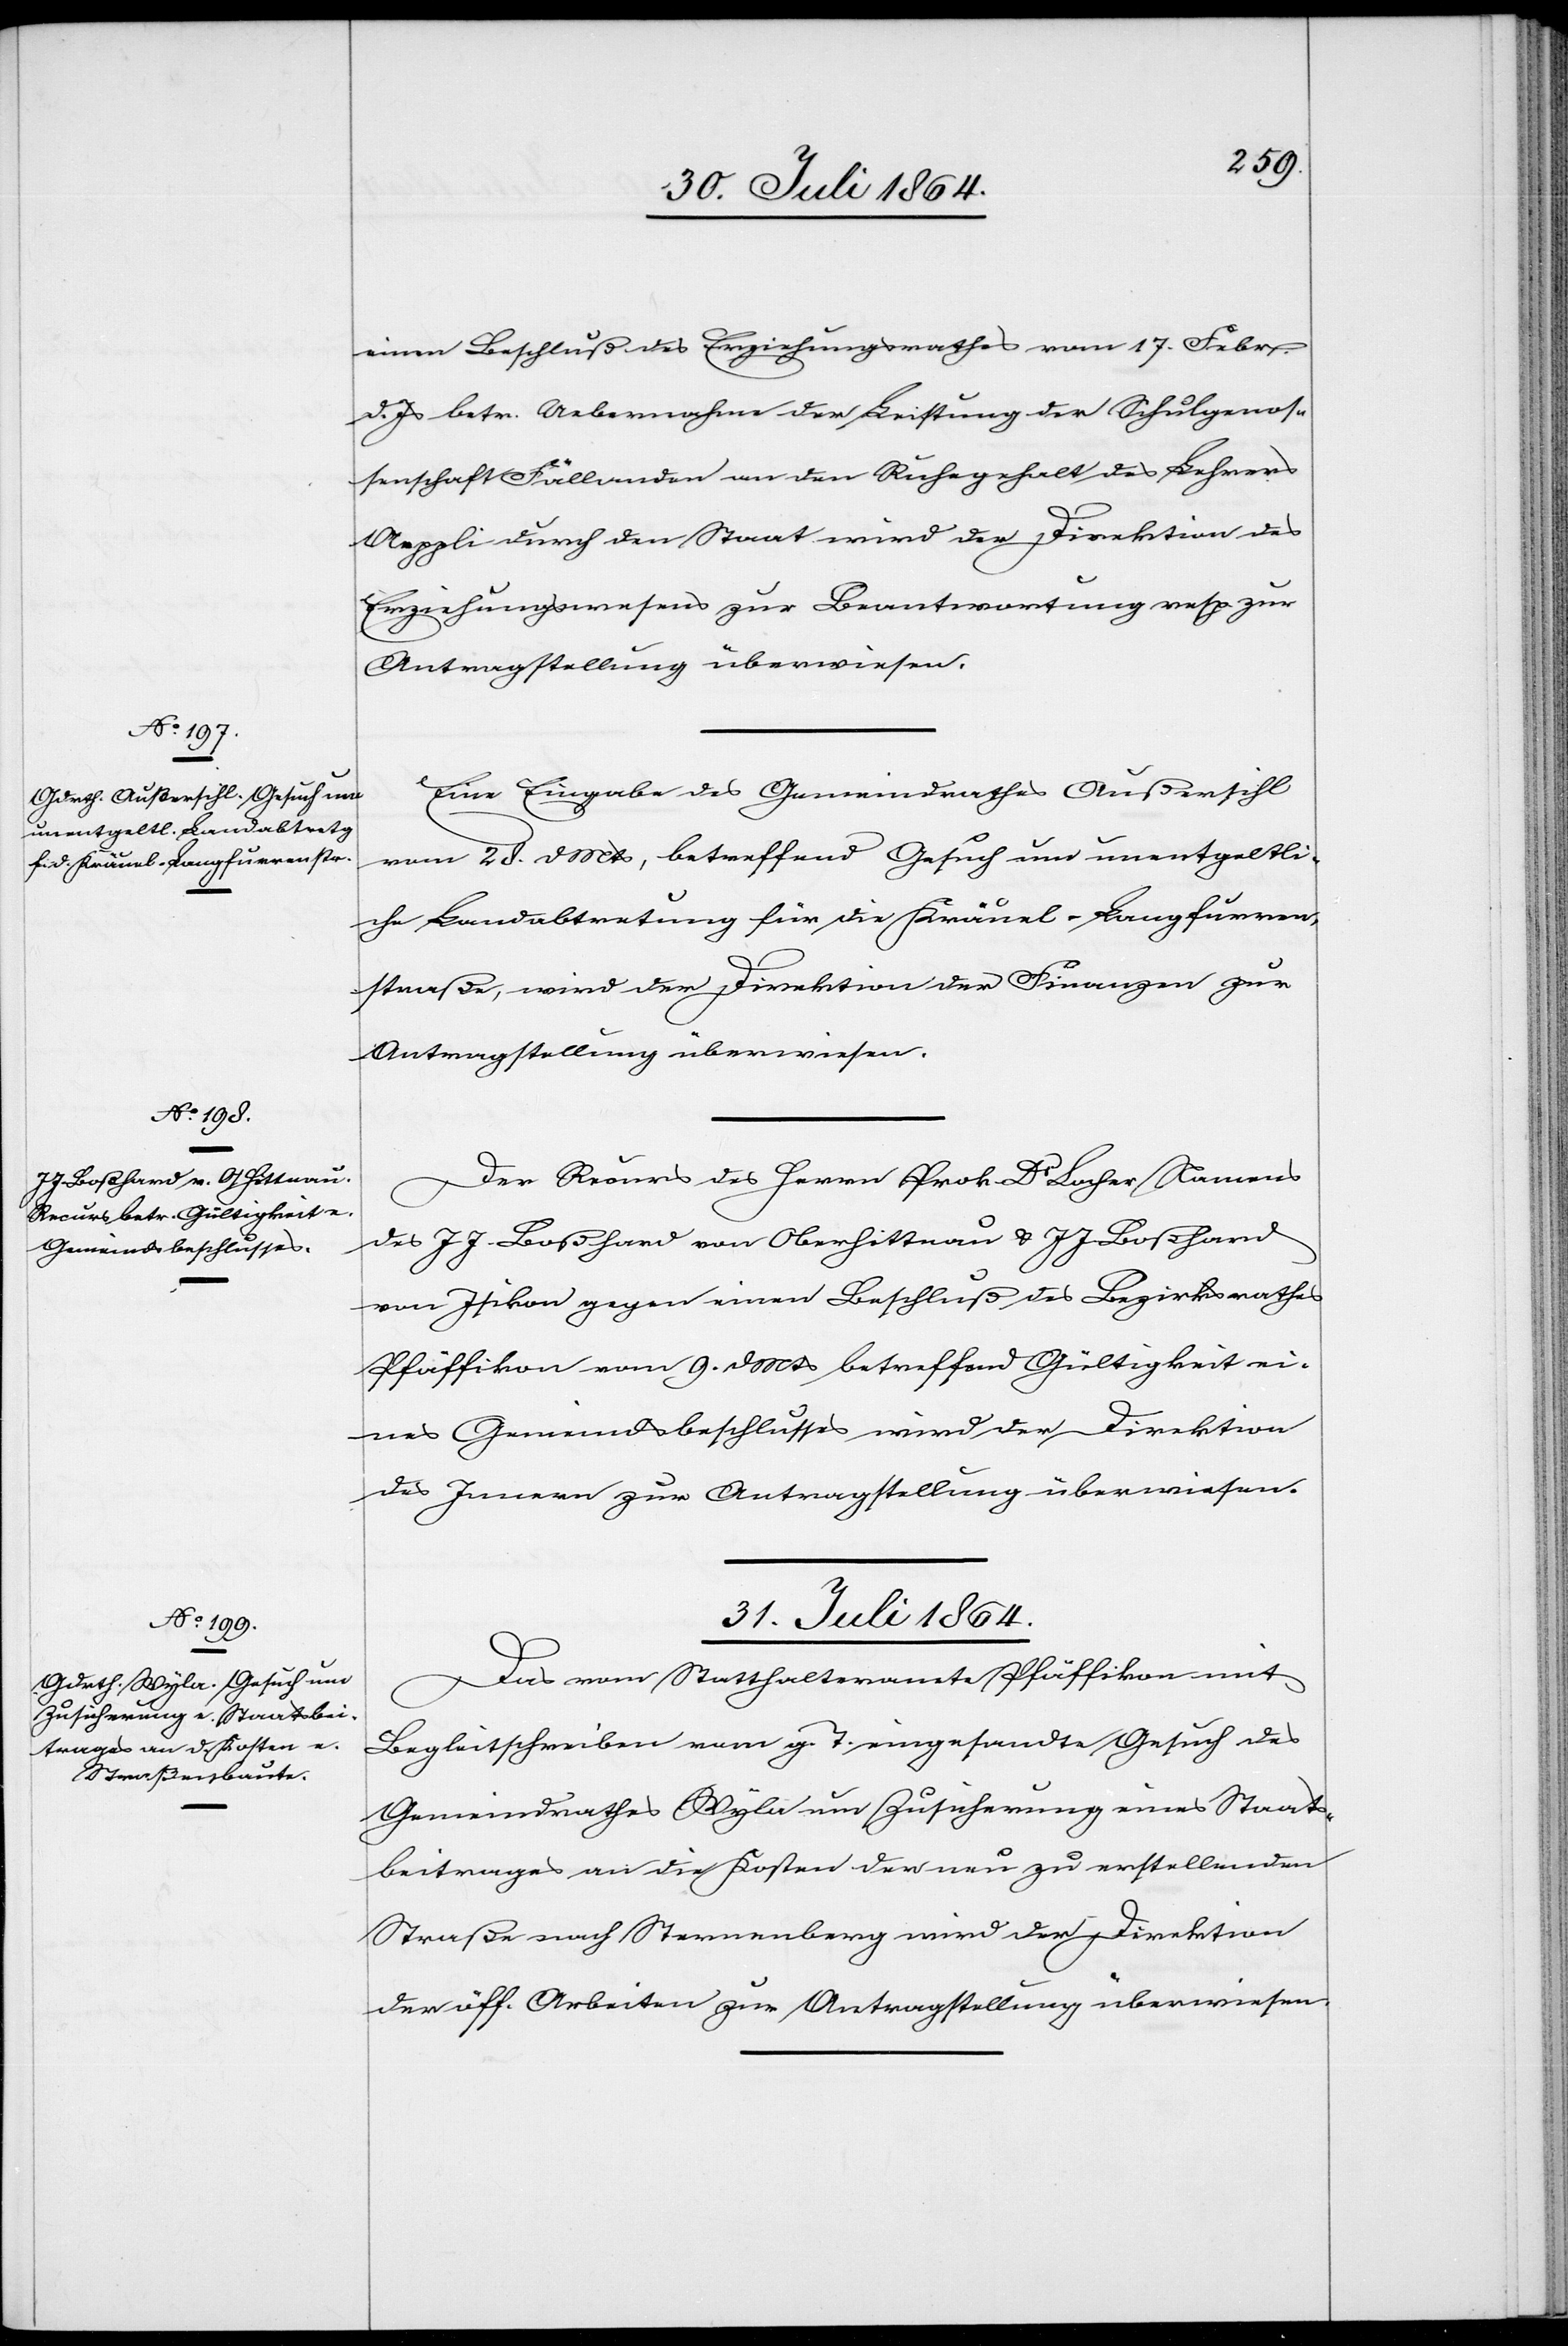
30. Juli 1864.]
einen Beschluß des Erziehungsrathes vom 17. Febr.
d. Js. betr. Uebernahme der Leistung der Schulgenos¬
senschaft Fällanden an den Ruhegehalt des Lehrers
Aeppli durch den Staat wird der Direktion des
Erziehungswesens zur Beantwortung resp. zur
Antragstellung überwiesen.
Eine Eingabe des Gemeindrathes Außersihl
vom 28. d. Mts., betreffend Gesuch um unentgeltli¬
che Landabtretung für die Kräuel-Langfurren¬
straße, wird der Direktion der Finanzen zur
Antragstellung überwiesen.
Der Recurs des Herrn Prok. Dr Locher Namens
des J. J. Boßhard von Oberhittnau & J. J. Boßhard
von Isikon gegen einen Beschluß des Bezirksrathes
Pfäffikon vom 9. d. Mts. betreffend Gültigkeit ei¬
nes Gemeindsbeschlusses wird der Direktion
des Innern zur Antragstellung überwiesen.
31. Juli 1864.
Das vom Statthalteramte Pfäffikon mit
Begleitschreiben vom g. T. eingesandte Gesuch des
Gemeindrathes Wyla um Zusicherung eines Staats¬
beitrages an die Kosten der neu zu erstellenden
Straße nach Sternenberg wird der Direktion
der öff. Arbeiten zur Antragstellung überwiesen.